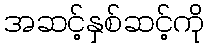
အဆင့်နှစ်ဆင့်ကို